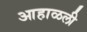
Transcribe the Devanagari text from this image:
आहाळली